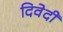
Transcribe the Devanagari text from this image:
दिवेदी